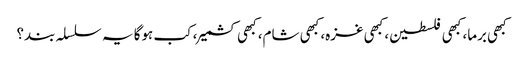
کبھی برما، کبھی فلسطین، کبھی غزہ، کبھی شام، کبھی کشمیر، کب ہوگا یہ سلسلہ بند؟